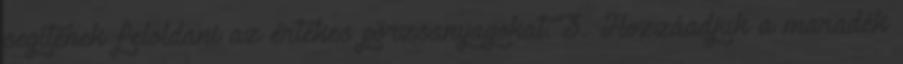
segítenek feloldani az értékes pörzsanyagokat. 3. Hozzáadjuk a maradék